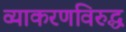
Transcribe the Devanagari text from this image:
व्याकरणविरुद्ध